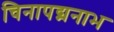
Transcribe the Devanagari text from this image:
चिनापद्मनाभ